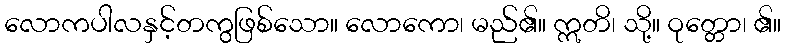
လောကပါလနှင့်တကွဖြစ်သော။ လောကော၊ မည်၏။ ဣတိ၊ သို့။ ဝုတ္တော၊ ၏။